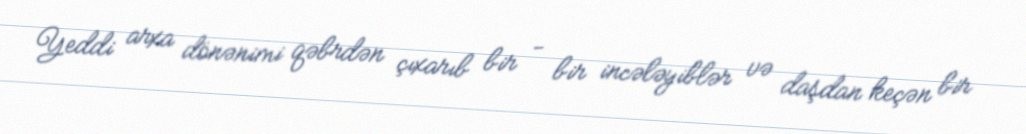
Yeddi arxa dönənimi qəbrdən çıxarıb bir - bir incələyiblər və daşdan keçən bir